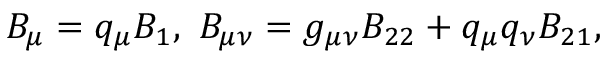
\begin{array} { r } { B _ { \mu } = q _ { \mu } B _ { 1 } , \ B _ { \mu \nu } = g _ { \mu \nu } B _ { 2 2 } + q _ { \mu } q _ { \nu } B _ { 2 1 } , } \end{array}